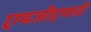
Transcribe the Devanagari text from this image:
एमजीएमची